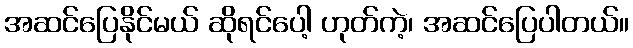
အဆင်ပြေနိုင်မယ် ဆိုရင်ပေါ့ ဟုတ်ကဲ့၊ အဆင်ပြေပါတယ်။